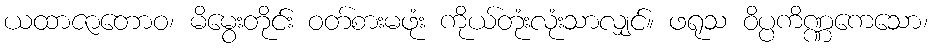
ယထာဇာတောဝ၊ မိမွေးတိုင်း ဝတ်စားမဖုံး ကိုယ်တုံးလုံးသာလျှင်။ ဖရုသ ဝိပ္ပကိဏ္ဏကေသော၊